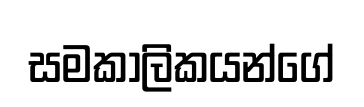
සමකාලිකයන්ගේ